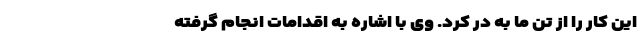
این کار را از تن ما به در کرد. وی با اشاره به اقدامات انجام گرفته